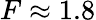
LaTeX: F\approx 1.8